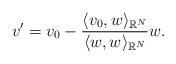
LaTeX: \begin{align*} v'=v_0-\frac{\langle v_0, w \rangle_{\mathbb{R}^N}}{\langle w, w\rangle_{\mathbb{R}^N}}w.\end{align*}